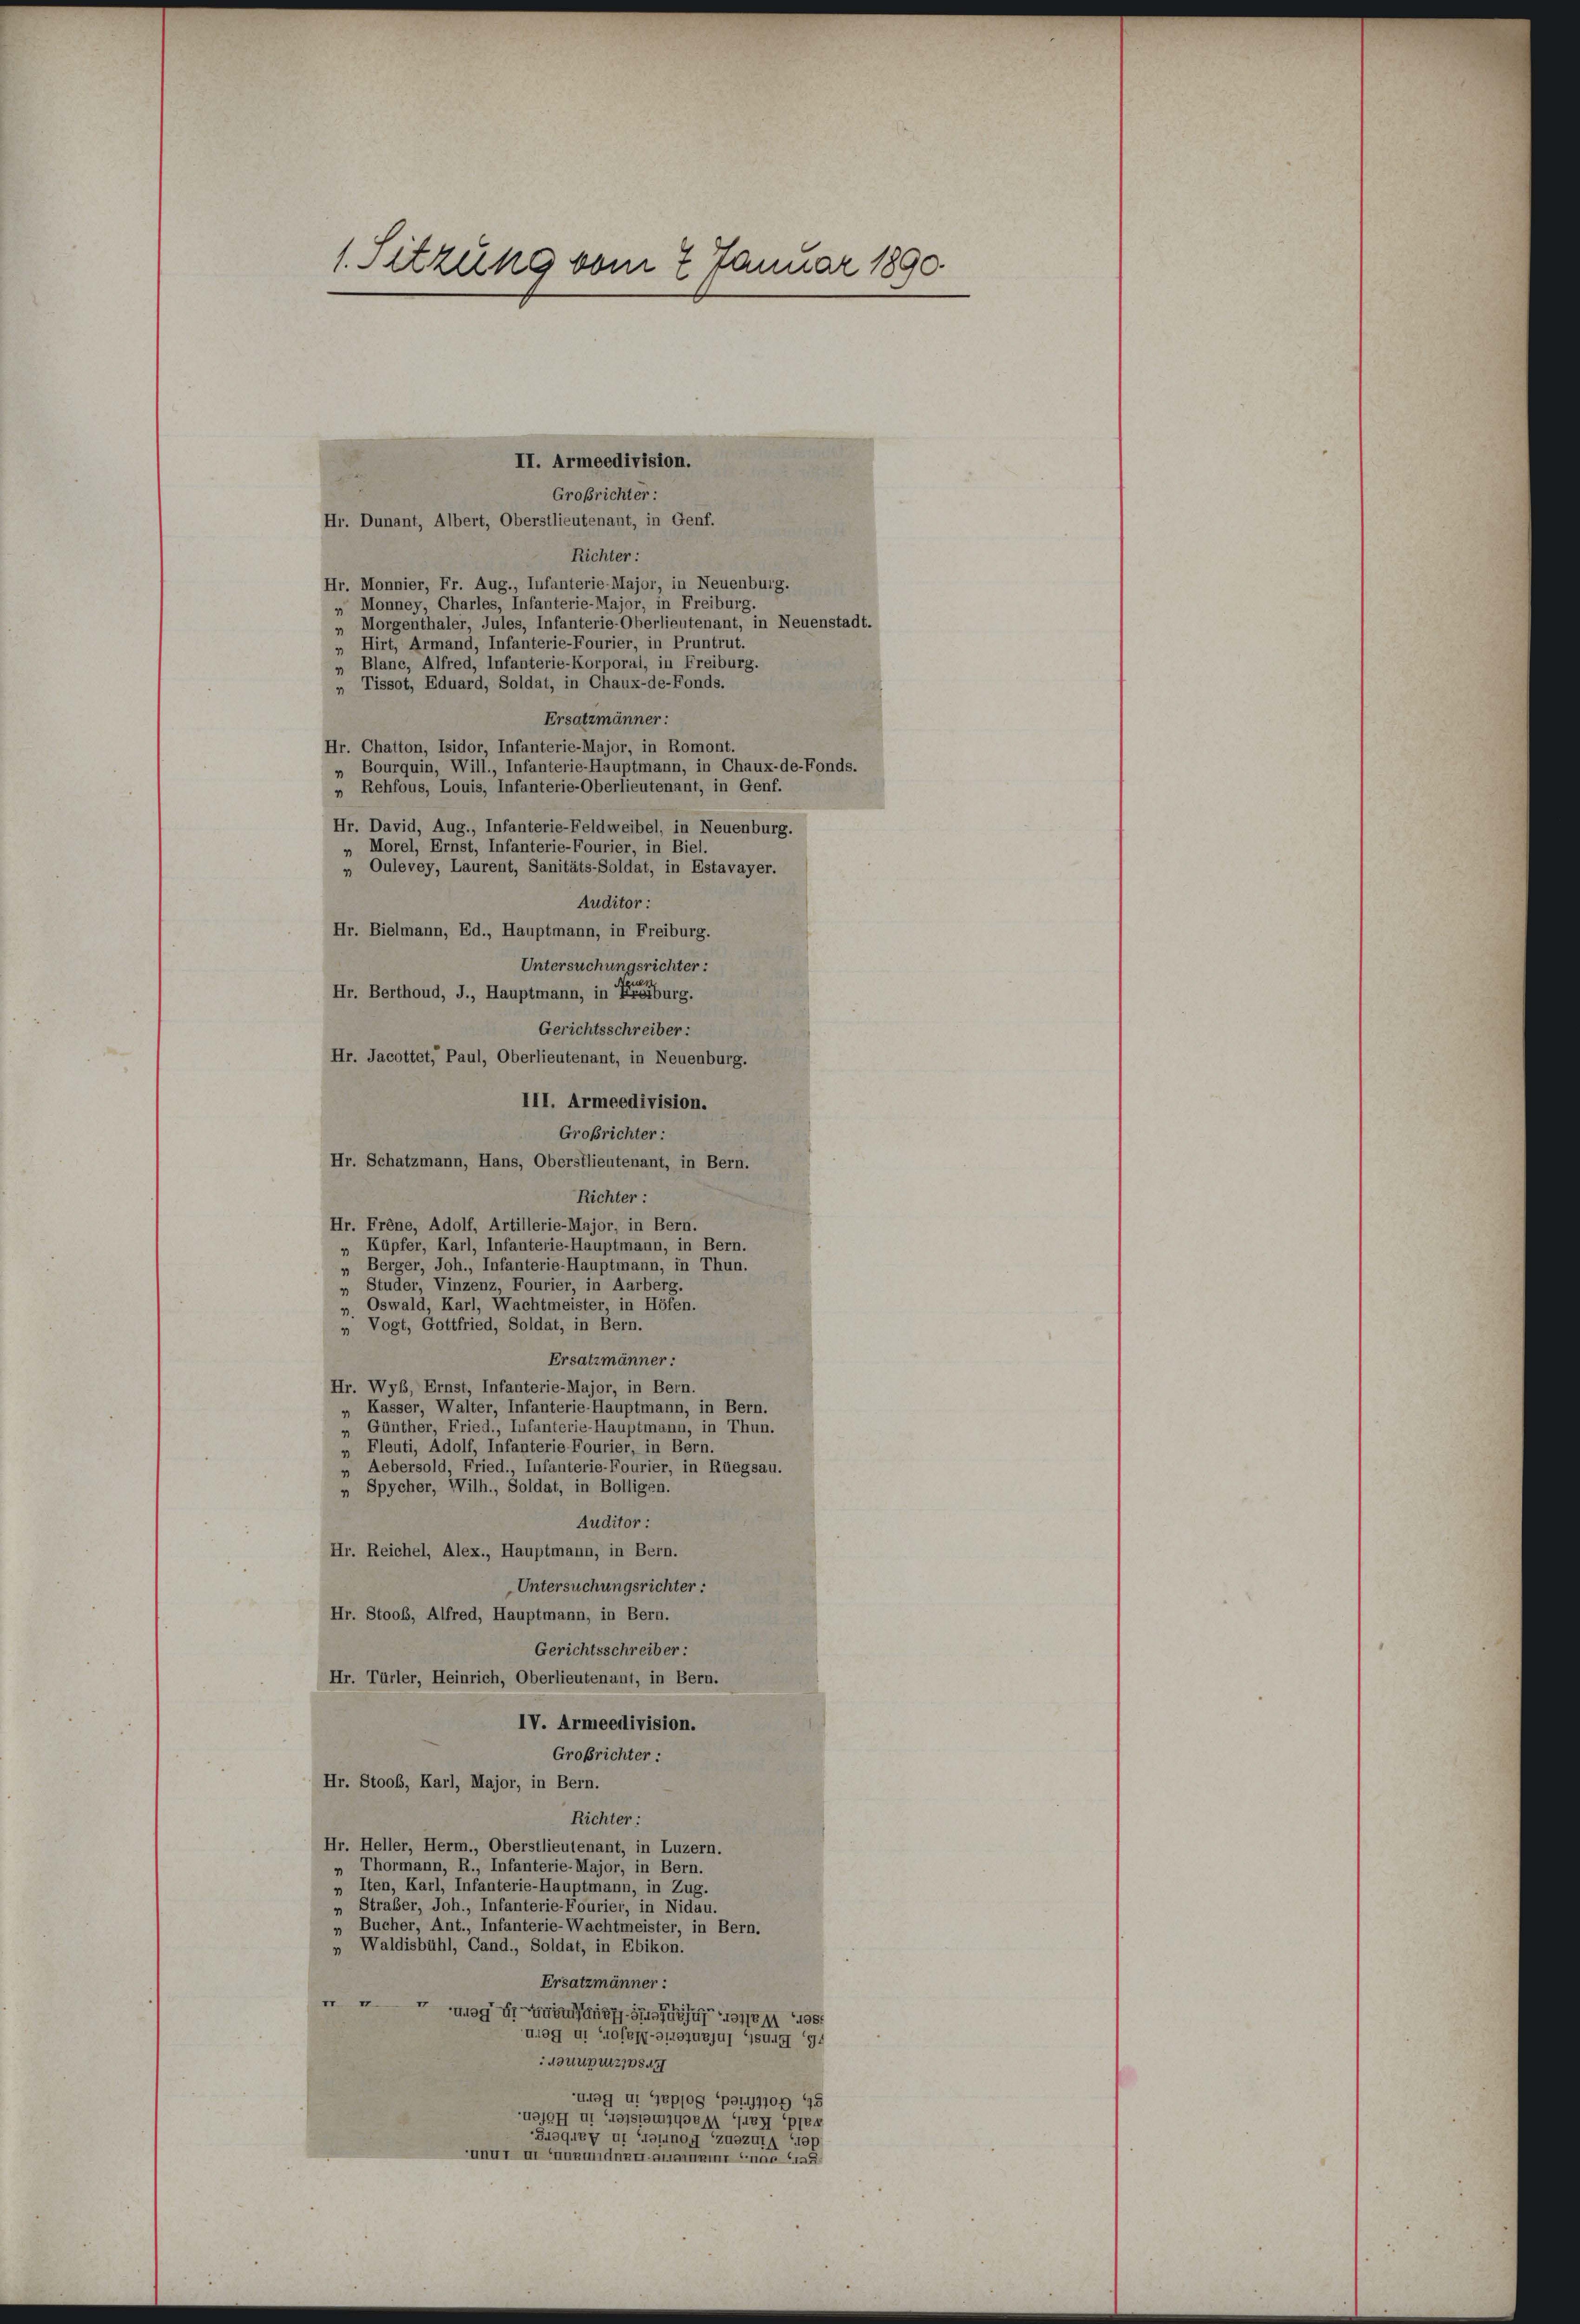
1. Setzung vom 2 Januar 1890.

II. Armeedivision.
Großrichter:
Hr. Dunant, Albert, Oberstlieutenant, in Genf.
Richter:
Hr. Monnier, Fr. Aug., Infanterie-Major, in Neuenburg.
„ Monney, Charles, Infanterie-Major, in Freiburg.
 Morgenthaler, Jules, Infanterie-Oberlieutenant, in Neuenstadt.
Hirt, Armand, Infanterie-Fourier, in Pruntrut.
„ Blanc, Alfred, Infanterie-Korporal, in Freiburg.
„ Tissot, Eduard, Soldat, in Chaux-de-Fonds.
Ersatzmänner:
Hr. Chatton, Isidor, Infanterie-Major, in Romont.
Bourquin, Will., Infanterie-Hauptmann, in Chaux-de-Fonds.
Rehfous, Louis, Infanterie-Oberlieutenant, in Genf.
Hr. David, Aug., Infanterie-Feldweibel, in Neuenburg.
„ Morel, Ernst, Infanterie-Fourier, in Biel,
„ Oulevey, Laurent, Sanitäts-Soldat, in Estavayer.
Auditor :
Hr. Bielmann, Ed., Hauptmann, in Freiburg.
Untersuchungsrichter:
Hr. Berthoud, J., Hauptmann, in Freiburg.
Gerichtsschreiber:
Hr. Jacottet, Paul, Oberlieutenant, in Neuenburg.
III. Armeedivision.
Großrichter:
Hr. Schatzmann, Hans, Oberstlieutenant, in Bern.
Richter :
Hr. Frene, Adolf, Artillerie-Major, in Bern.
Küpfer, Karl, Infanterie-Hauptmann, in Bern.
 Berger, Joh., Infanterie-Hauptmann, in Thun.
„ Studer, Vinzenz, Fourier, in Aarberg.
Oswald, Karl, Wachtmeister, in Höfen.
 Vogt, Gottfried, Soldat, in Bern.
Ersatzmänner:
Hr. Wyb, Ernst, Infanterie-Major, in Bern.
„ Kasser, Walter, Infanterie-Hauptmann, in Bern.
Günther, Fried., Infanterie-Hauptmann, in Thun.
„ Fleuti, Adolf, Infanterie Fourier, in Bern.
„ Aebersold, Fried., Infanterie-Fourier, in Rüegsau.
„ Spycher, Wilh., Soldat, in Bolligen.
Auditor :
Hr. Reichel, Alex., Hauptmann, in Bern.
Untersuchungsrichter :
Hr. Stoob, Alfred, Hauptmann, in Bern.
Gerichtsschreiber:
Hr. Türler, Heinrich, Oberlieutenant, in Bern.
IV. Armeedivision.
Großrichter :
Hr. Stoos, Karl, Major, in Bern.
Richter:
Hr. Heller, Herm., Oberstlieutenant, in Luzern.
hormann, R., Infanterie-Major, in Bern.
4
» Iten, Karl, Infanterie-Hauptmann, in Zug.
Straßer, Joh., Infanterie-Fourier, in Nidau.
Bucher, Ant., Infanterie-Wachtmeister, in Bern.
 Waldisbühl, Cand., Soldat, in Ebikon.
Ersatzmänner:

ugnen s
Mog u. Hof-ALLGujuj SUUG 94
Notuputzspsd II
Uog u. Gepfog per 1770. 45
H u soyen en plen
S43G.BZ II (TotnOG Zdozut 100
unt und nac